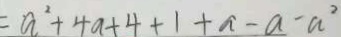
= a ^ { 2 } + 4 a + 4 + 1 + a - a - a ^ { 2 }